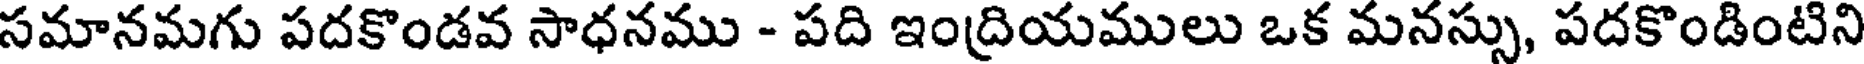
సమానమగు పదకొండవ సాధనము - పది ఇంద్రియములు ఒక మనస్సు, పదకొండింటిని